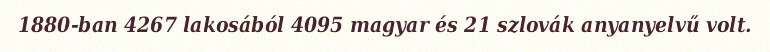
1880-ban 4267 lakosából 4095 magyar és 21 szlovák anyanyelvű volt.